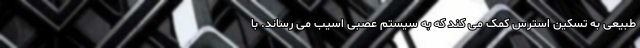
طبیعی به تسکین استرس کمک می کند که به سیستم عصبی اسیب می رساند. با